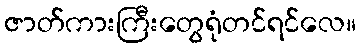
ဇာတ်ကားကြီးတွေရုံတင်ရင်လေ။